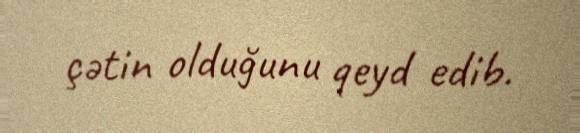
çətin olduğunu qeyd edib.